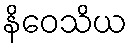
နိဝေသိယ